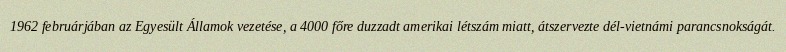
1962 februárjában az Egyesült Államok vezetése, a 4000 főre duzzadt amerikai létszám miatt, átszervezte dél-vietnámi parancsnokságát.